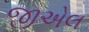
જીએલ